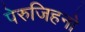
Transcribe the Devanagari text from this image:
पेरुजिहनो